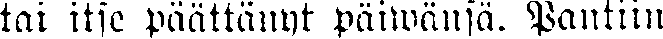
tai itse päättänyt päiwänsä. Pantiin